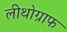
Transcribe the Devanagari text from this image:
लीथोग्राफ